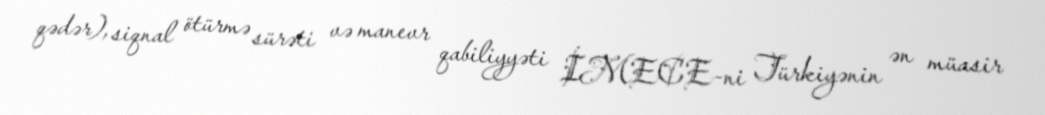
qədər), siqnal ötürmə sürəti və manevr qabiliyyəti İMECE-ni Türkiyənin ən müasir